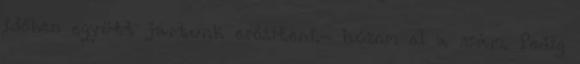
időben együtt jártunk erősíteni.- húzom el a szám. Pedig